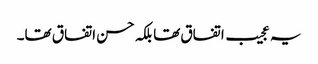
یہ عجیب اتفاق تھا بلکہ حسن اتفاق تھا۔